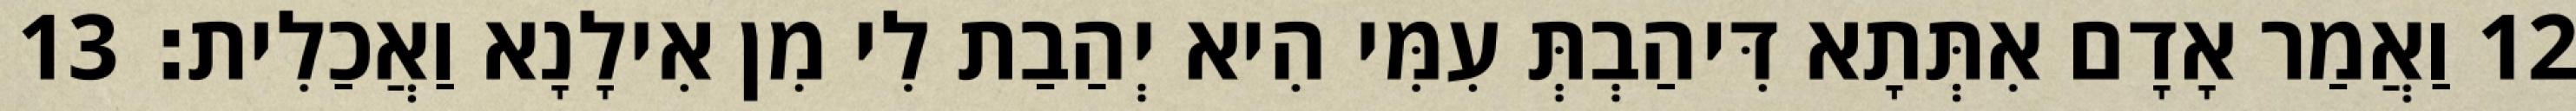
12 וַאֲמַר אָדָם אִתְּתָא דִּיהַבְתְּ עִמִּי הִיא יְהַבַת לִי מִן אִילָנָא וַאֲכַלִית׃ 13